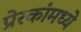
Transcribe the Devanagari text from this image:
प्रेरकांमध्ये